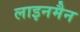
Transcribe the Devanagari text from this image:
लाइनमैन